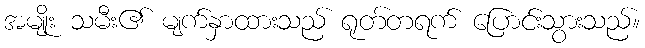
အမျိုး သမီး၏ မျက်နှာထားသည် ရုတ်တရက် ပြောင်းသွားသည်။